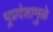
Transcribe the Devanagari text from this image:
भूप्रदेशामुळे